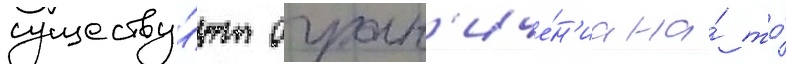
существу́ют огран'иче́н'иа на́ то́